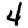
Digit: 4